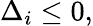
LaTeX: \Delta_{i}\le 0,